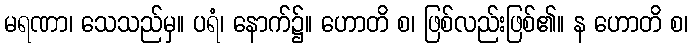
မရဏာ၊ သေသည်မှ။ ပရံ၊ နောက်၌။ ဟောတိ စ၊ ဖြစ်လည်းဖြစ်၏။ န ဟောတိ စ၊